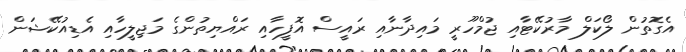
އެގޮތުން ލޯކަލް މާރުކޭޓާއި ޖުމްހޫރީ މައިދާނާއި ރައީސް އޮފީހާއި ރައްޔިތުންގެ މަޖިލީހާއި އެޑިއުކޭޝަން